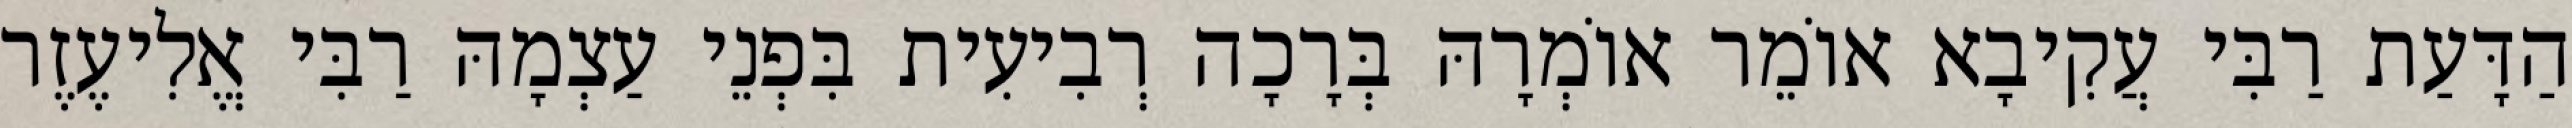
הַדָּעַת רַבִּי עֲקִיבָא אוֹמֵר אוֹמְרָהּ בְּרָכָה רְבִיעִית בִּפְנֵי עַצְמָהּ רַבִּי אֱלִיעֶזֶר